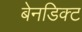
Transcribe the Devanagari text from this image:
बेनडिक्ट